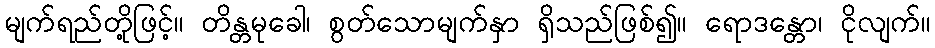
မျက်ရည်တို့ဖြင့်။ တိန္တမုခေါ၊ စွတ်သောမျက်နှာ ရှိသည်ဖြစ်၍။ ရောဒန္တော၊ ငိုလျက်။